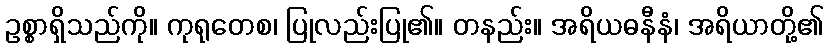
ဥစ္စာရှိသည်ကို။ ကုရုတေစ၊ ပြုလည်းပြု၏။ တနည်း။ အရိယဓနီနံ၊ အရိယာတို့၏